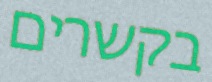
בקשרים